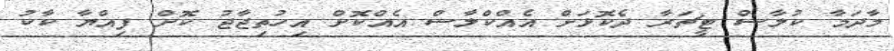
މާދަމާ ކުލާސް ޓީޗަރާ ދެކޮޅަށް އެއްކްލާސް އެއްކޮށް އިހުތިޖާޖު ކޮށް ފިއްޔާ ކާކު